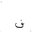
Letter: _fa